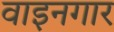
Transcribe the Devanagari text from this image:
वाइनगार